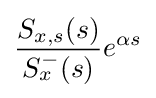
{\frac {S_{x,s}(s)}{S_{x}^{-}(s)}}e^{\alpha s}